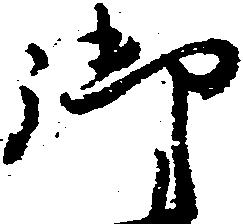
御